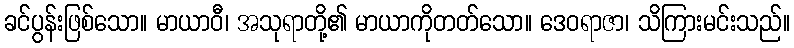
ခင်ပွန်းဖြစ်သော။ မာယာဝီ၊ အသုရာတို့၏ မာယာကိုတတ်သော။ ဒေဝရာဇာ၊ သိကြားမင်းသည်။